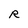
Character: R